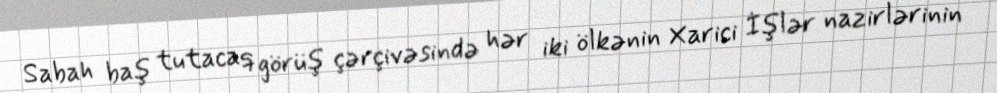
Sabah baş tutacaq görüş çərçivəsində hər iki ölkənin Xarici İşlər nazirlərinin